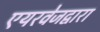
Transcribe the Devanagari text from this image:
एयरवेजद्वारा